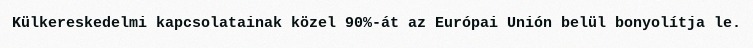
Külkereskedelmi kapcsolatainak közel 90%-át az Európai Unión belül bonyolítja le.